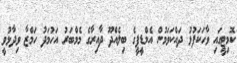
ކޮމިޓީގައި ވާހަކަފުޅު ދައްކަވަމުން އެމްޑީޕީގެ ބިލެއްދޫ ދާއިރާގެ މެމްބަރު އަހުމަދު ހަމްޒާ ވިދާޅުވީ